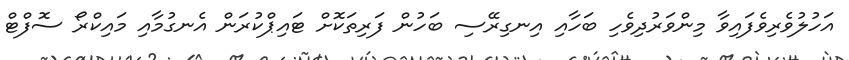
އަހުލުވެރިވެފައިވާ މިންވަރުދިވެހި ބަހާއި އިނގިރޭސި ބަހުން ފަރިތަކޮށް ޓައިޕްކުރަން އެނގުމާއި މައިކްރޯ ސޮފްޓް